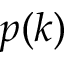
p ( k )